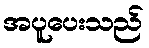
အပူပေးသည်